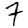
Digit: 7